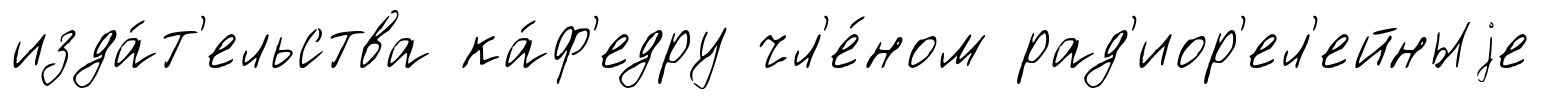
изда́т'ельства ка́ф'едру чл'е́ном рад'иор'ел'ейныjе